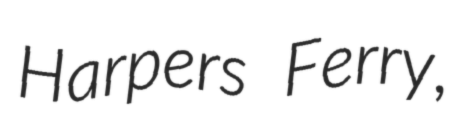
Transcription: Harpers Ferry,